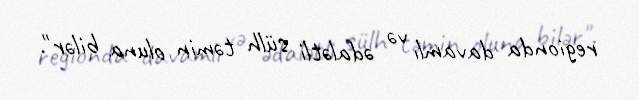
regionda davamlı və ədalətli sülh təmin oluna bilər".